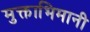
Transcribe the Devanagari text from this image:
मुक्ताभिमानी